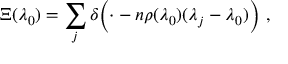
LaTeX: \Xi ( \lambda _ { 0 } ) = \sum _ { j } \delta { \Big ( } { \cdot } - n \rho ( \lambda _ { 0 } ) ( \lambda _ { j } - \lambda _ { 0 } ) { \Big ) } ~ ,